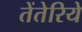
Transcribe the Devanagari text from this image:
तेंतेरिये